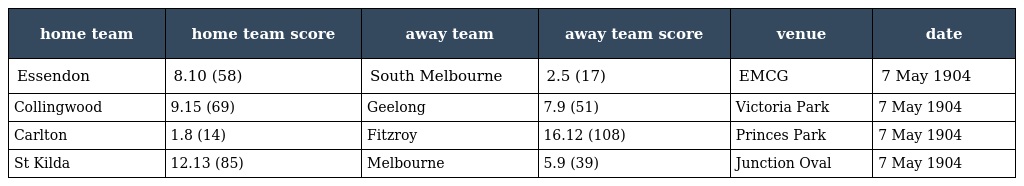
| home team | home team score | away team | away team score | venue | date |
 | --- | --- | --- | --- | --- | --- |
 | Essendon | 8.10 (58) | South Melbourne | 2.5 (17) | EMCG | 7 May 1904 |
 | Collingwood | 9.15 (69) | Geelong | 7.9 (51) | Victoria Park | 7 May 1904 |
 | Carlton | 1.8 (14) | Fitzroy | 16.12 (108) | Princes Park | 7 May 1904 |
 | St Kilda | 12.13 (85) | Melbourne | 5.9 (39) | Junction Oval | 7 May 1904 |